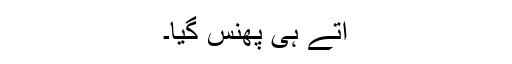
آتے ہی پھنس گیا۔